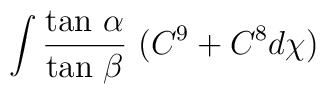
\int  \frac{\mbox{tan}~\alpha}{\mbox{tan}~\beta}~(C^{9} + C^{8} d \chi)